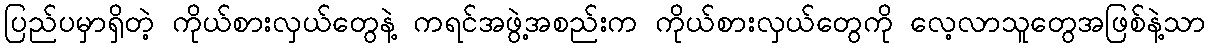
ပြည်ပမှာရှိတဲ့ ကိုယ်စားလှယ်တွေနဲ့ ကရင်အဖွဲ့အစည်းက ကိုယ်စားလှယ်တွေကို လေ့လာသူတွေအဖြစ်နဲ့သာ